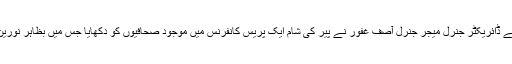
یہ بیان پاکستانی فوج کے شعبہ تعلقاتِ عامہ آئی ایس پی آر کے ڈائریکٹر جنرل میجر جنرل آصف غفور نے پیر کی شام ایک پریس کانفرنس میں موجود صحافیوں کو دکھایا جس میں بظاہر نورین لغادی نے شدت پسند تنظیم کا رکن ہونے کا اعتراف کیا ہے۔